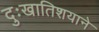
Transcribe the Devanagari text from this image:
दुःखातिशयाने